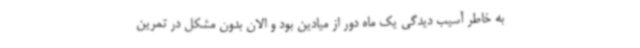
به خاطر آسیب دیدگی یک ماه دور از میادین بود و الان بدون مشکل در تمرین